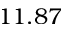
1 1 . 8 7